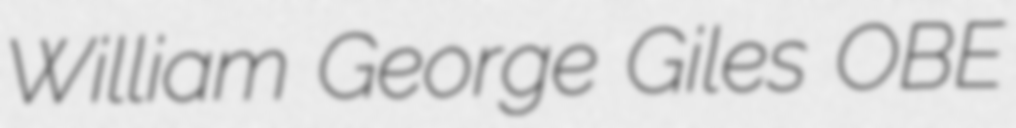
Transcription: William George Giles OBE